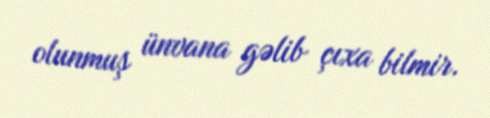
olunmuş ünvana gəlib çıxa bilmir.